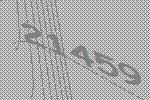
21459